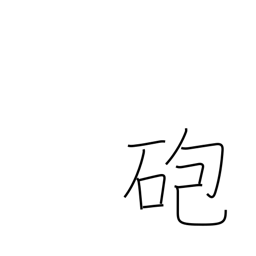
Meaning: cannon